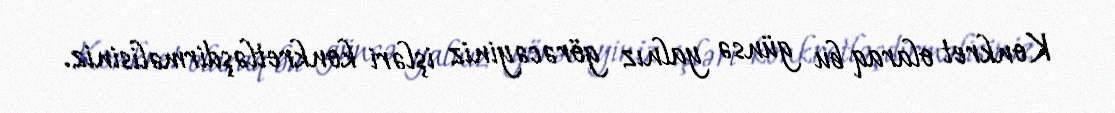
Konkret olaraq bu günsə yalnız görəcəyiniz işləri konkretləşdirməlisiniz.